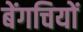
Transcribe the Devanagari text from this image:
बेंगचियों